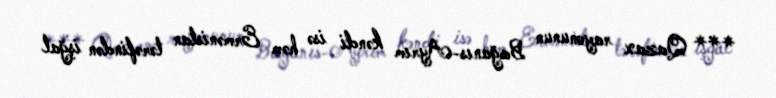
*** Qazax rayonunun Bağanıs-Ayrım kəndi isə həm Ermənistan tərəfindən işğal